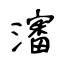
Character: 瀋